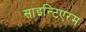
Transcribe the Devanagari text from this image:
साइन्टिएरम